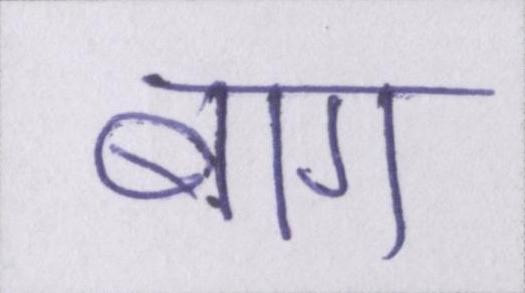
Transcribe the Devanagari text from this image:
बाग